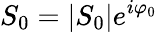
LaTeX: S_{0}=|S_{0}|e^{i\varphi_{0}}